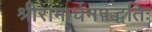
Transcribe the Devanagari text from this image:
श्रीरामार्चनपद्धतिः